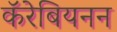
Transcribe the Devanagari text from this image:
कॅरेबियनन